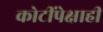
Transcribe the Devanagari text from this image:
कोटींपेक्षाही